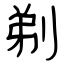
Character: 剃